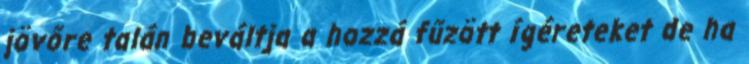
jövőre talán beváltja a hozzá fűzött ígéreteket de ha